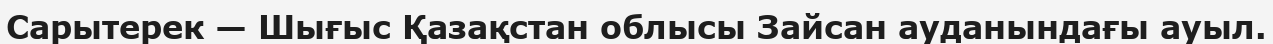
Сарытерек — Шығыс Қазақстан облысы Зайсан ауданындағы ауыл.